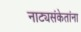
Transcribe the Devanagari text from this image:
नाट्यसंकेतांना